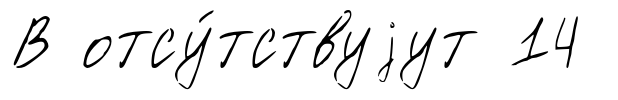
В отсу́тствуjут 14